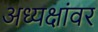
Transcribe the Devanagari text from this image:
अध्यक्षांवर